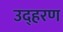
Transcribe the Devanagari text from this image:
उद्हरण